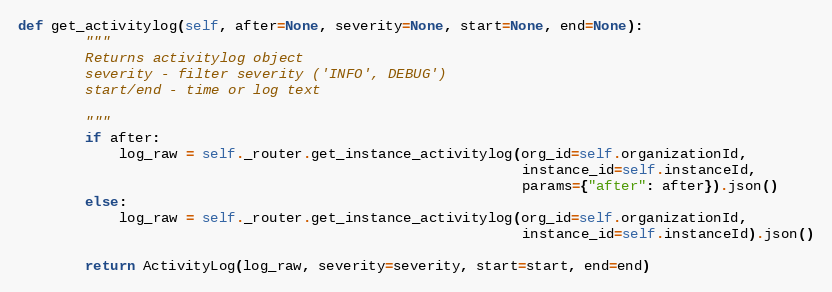
Language: Python
def get_activitylog(self, after=None, severity=None, start=None, end=None):
        """
        Returns activitylog object
        severity - filter severity ('INFO', DEBUG')
        start/end - time or log text

        """
        if after:
            log_raw = self._router.get_instance_activitylog(org_id=self.organizationId,
                                                            instance_id=self.instanceId,
                                                            params={"after": after}).json()
        else:
            log_raw = self._router.get_instance_activitylog(org_id=self.organizationId,
                                                            instance_id=self.instanceId).json()

        return ActivityLog(log_raw, severity=severity, start=start, end=end)